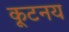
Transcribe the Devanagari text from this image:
कूटनय